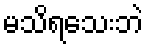
မသိရသေးဘဲ